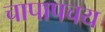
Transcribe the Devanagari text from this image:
चापापचय